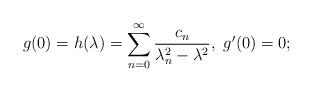
LaTeX: \begin{align*} g(0) = h(\lambda ) = \sum_{n = 0}^\infty {\frac{{{c_n}}}{{\lambda _n^2- {\lambda ^2}}}}, ~g'(0) = 0;\end{align*}